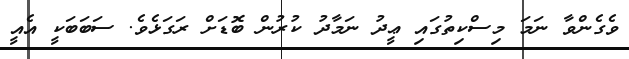
ވެގެންވާ ނަމަ މިސްކިތުގައި ޢީދު ނަމާދު ކުރުން ބޮޑަށް ރަގަޅެވެ. ސަބަބަކީ އެއީ